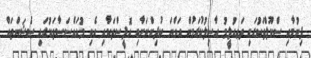
ދިނުމާއި ސްކޫލްތަކުގައި ތަޢއުލީމު ހާސިލުކުރަމުން އަންނަ ކުދިންނަށާއި އޮފީސްތަކާއި އެކި މުއައްސަސާތަކުގައި ސެޝަންތައް